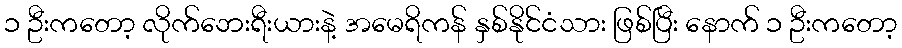
၁ ဦးကတော့ လိုက်ဘေးရီးယားနဲ့ အမေရိကန် နှစ်နိုင်ငံသား ဖြစ်ပြီး နောက် ၁ ဦးကတော့